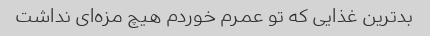
بدترین غذایی که تو عمرم خوردم هیچ مزه‌ای نداشت